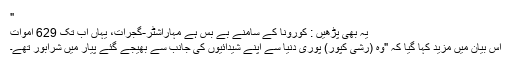
"
یہ بھی پڑھیں : کورونا کے سامنے بے بس ہے مہاراشٹر-گجرات، یہاں اب تک 629 اموات
اس بیان میں مزید کہا گیا کہ "وہ (رشی کپور) پوری دنیا سے اپنے شیدائیوں کی جانب سے بھیجے گئے پیار میں شرابور تھے۔